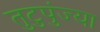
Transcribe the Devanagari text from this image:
तुटुपुंज्या